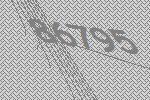
86795